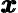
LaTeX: {\pmb x}